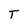
Character: T